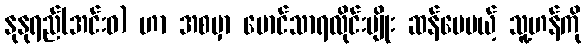
နုနုရည်(အင်းဝ) ဟာ အစမှာ မောင်သာရလိုင်းမျိုး ဆန်ပေမယ့် သူ့ဟန်ကို